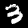
Digit: 3